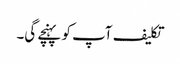
تکلیف آپ کو پہنچے گی۔